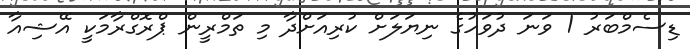
ޑިސެމްބަރު 1 ވަނަ ދުވަހުގެ ނިޔަލަށް ކުރިއަށްދާ މި ތަމްރީން ޕްރޮގްރާމަކީ އޭޝިއާ